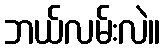
ဘယ်လမ်းလဲ။